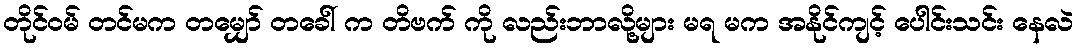
တိုင်ဝမ် တင်မက တမျှော် တခေါ် က တိဗက် ကို လည်းဘာလို့များ မရ မက အနိုင်ကျင့် ပေါင်းသင်း နေလဲ